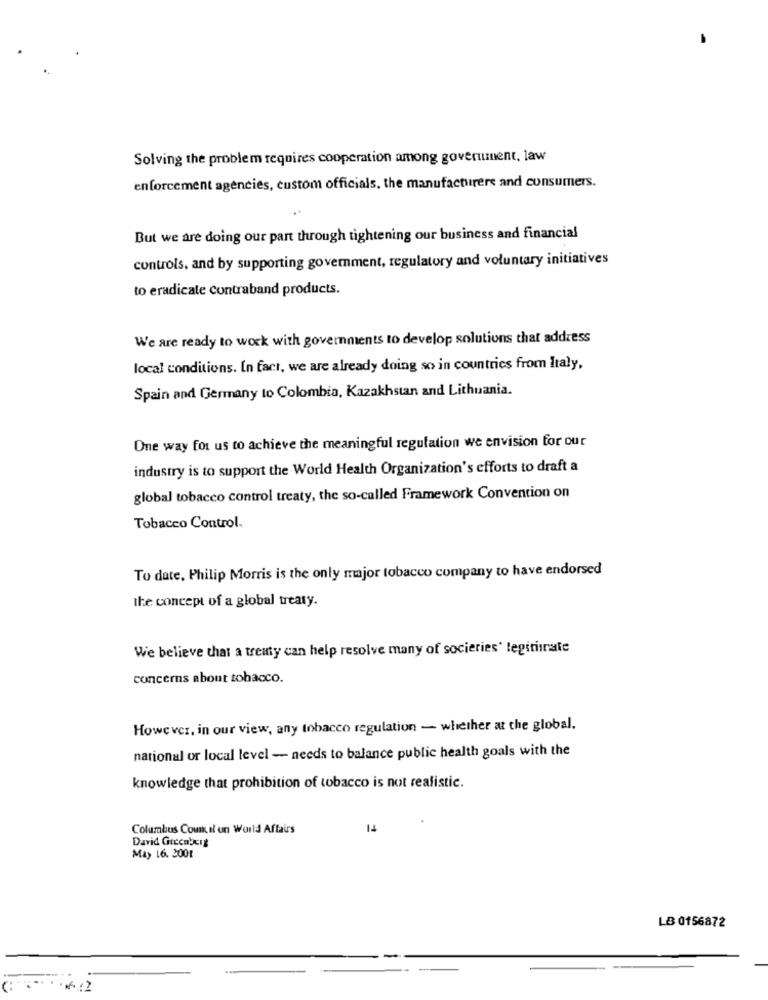
Solving the problem requires cooperation among government, law
enforcement agencies, custom officials, the manufacturers and consumers.
But we are doing our part through tightening our business and financial
controls, and by supporting government, regulatory and voluntary initiatives
to eradicate contraband products.
We are ready to work with governments to develop solutions that address
local conditions. In fact, we are already doing so in countries from Italy,
Spain and Germany to Colombia, Kazakhstan and Lithuania.
One way for us to achieve the meaningful regulation we envision for our
industry is to support the World Health Organization's efforts to draft a
global tobacco control treaty, the so-called Framework Convention on
Tobacco Control.
To date, Philip Morris is the only major tobacco company to have endorsed
the concept of a global treaty.
We believe that a treaty can help resolve many of socieries' legitiinate
concerns about tobacco.
However, in our view, any tobacco regulation - whether at the global.
national or local level - needs to balance public health goals with the
knowledge that prohibition of tobacco is not realistic.
Columbus Council un World Affairs
14
David Grecaberg
May 16. 2001
LB 0156872
-